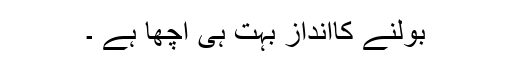
بولنے کاانداز بہت ہی اچھا ہے ۔